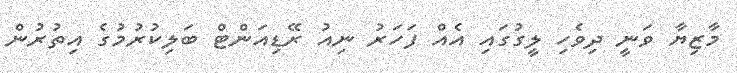
މާޒިޔާ ވަނީ ދިވެހި ލީގުގައި އެއް ފަހަރު ނިއު ރޭޑިއަންޓް ބަލިކުރުމުގެ އިތުރުން